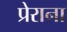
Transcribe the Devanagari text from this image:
प्रेराना